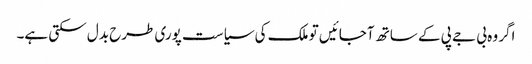
اگر وہ بی جے پی کے ساتھ آجائیں تو ملک کی سیاست پوری طرح بدل سکتی ہے۔